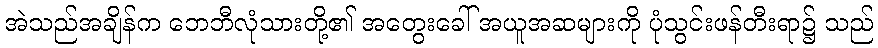
အဲသည်အချိန်က ဘေဘီလုံသားတို့၏ အတွေးခေါ် အယူအဆများကို ပုံသွင်းဖန်တီးရာ၌ သည်